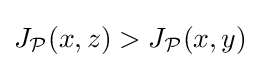
J_{\mathcal {P}}(x,z)>J_{\mathcal {P}}(x,y)